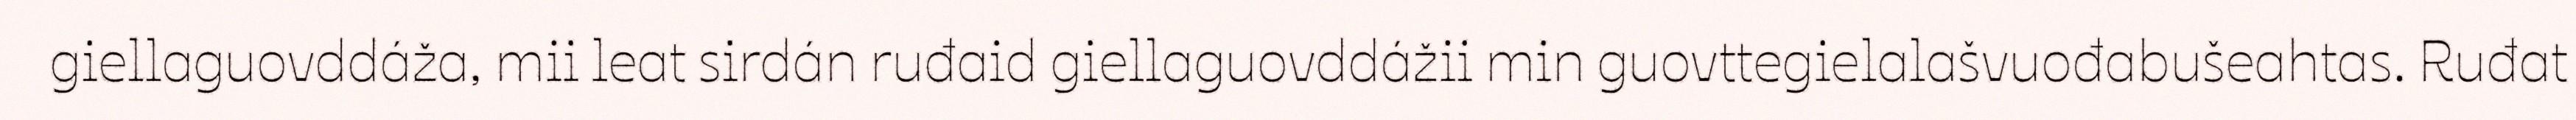
giellaguovddáža, mii leat sirdán ruđaid giellaguovddážii min guovttegielalašvuođabušeahtas. Ruđat